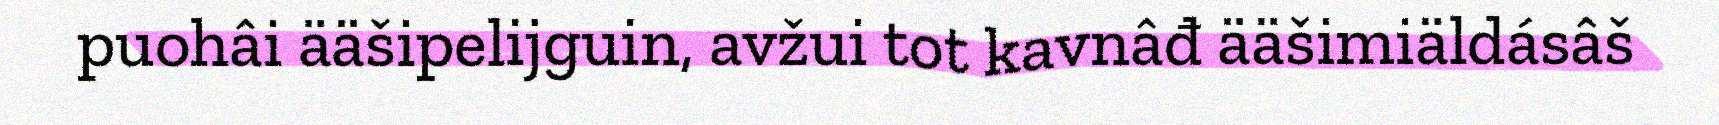
puohâi ääšipelijguin, avžui tot kavnâđ ääšimiäldásâš